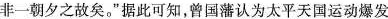
非一朝夕之故矣。”据此可知，曾国藩认为太平天国运动爆发